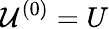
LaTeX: {\cal U}^{(0)}=U